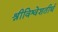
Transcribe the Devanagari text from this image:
श्रीविश्वेशतीर्थ